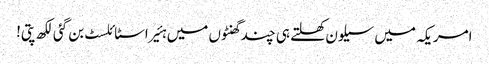
امریکہ میں سیلون کھلتے ہی چند گھنٹوں میں ہئیر اسٹائلسٹ بن گئی لکھ پتی!